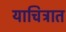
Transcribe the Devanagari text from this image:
याचित्रात